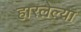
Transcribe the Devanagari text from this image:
हारलेल्या